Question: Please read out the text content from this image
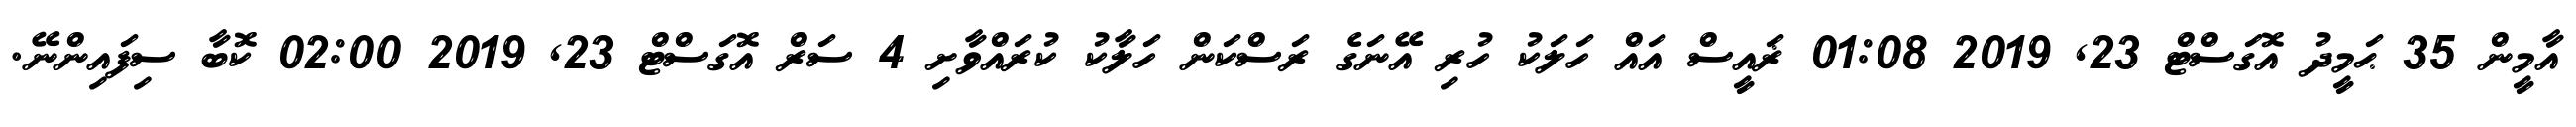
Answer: އާމީން 35 ޙަމީދު އޮގަސްޓް 23, 2019 01:08 ޜައީސް އައް ހަލަކު ހުރި އޭނަގެ ރަސްކަން ހަލާކު ކުރައްވާށި 4 ސަރް އޮގަސްޓް 23, 2019 02:00 ކޮބާ ސިފައިންނޭ.